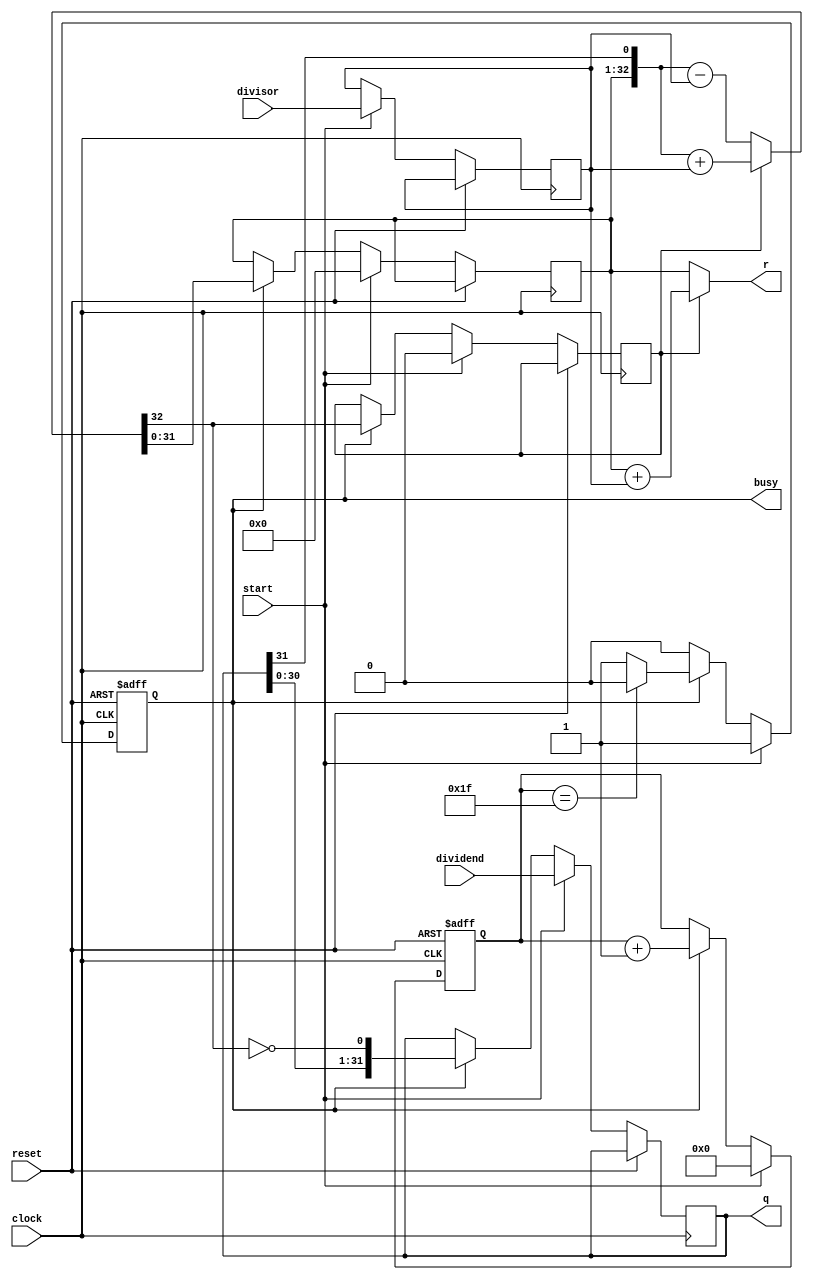
module DIVU(
    input [31:0] dividend,          //
    input [31:0] divisor,           //
    input start,                    //
    input clock,                    //
    input reset,                    //
    output [31:0] q,                //
    output [31:0] r,                //    
    output reg busy                 //
    );
    reg [4:0] count;
    reg [31:0] reg_q;
    reg [31:0] reg_r;
    reg [31:0] reg_b;
    reg r_sign;
    wire [32:0] sub_add = r_sign?({reg_r,q[31]} + {1'b0,reg_b}):({reg_r,q[31]} - {1'b0,reg_b});    //
    assign r = r_sign? reg_r + reg_b : reg_r;
    assign q = reg_q;
    
    always @ (posedge clock or posedge reset)
    begin
        if (reset == 1) 
        begin                                           //
            count <=5'b0;
            busy <= 0;
        end 
        
        else
        begin
            if (start)
            begin                                       //
                reg_r <= 32'b0;
                r_sign <= 0;
                reg_q <= dividend;
                reg_b <= divisor;
                count <= 5'b0;
                busy <= 1'b1;
            end
            else if (busy)
            begin                                       //
                reg_r <= sub_add[31:0];                 //
                r_sign <= sub_add[32];                  //
                reg_q <= {reg_q[30:0],~sub_add[32]};
                count <= count +5'b1;                   //
                if (count == 31)
                    busy <= 0;                          //
            end
        end
    end
endmodule